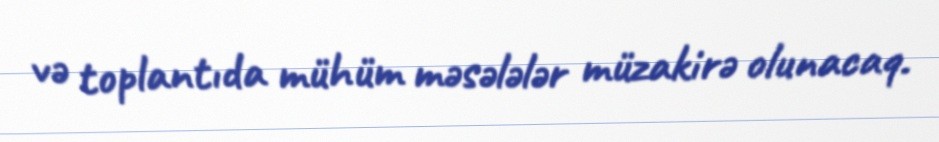
və toplantıda mühüm məsələlər müzakirə olunacaq.